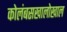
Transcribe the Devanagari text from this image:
कोलंबसखालोखाल